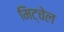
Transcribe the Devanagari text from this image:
मिट्चेल